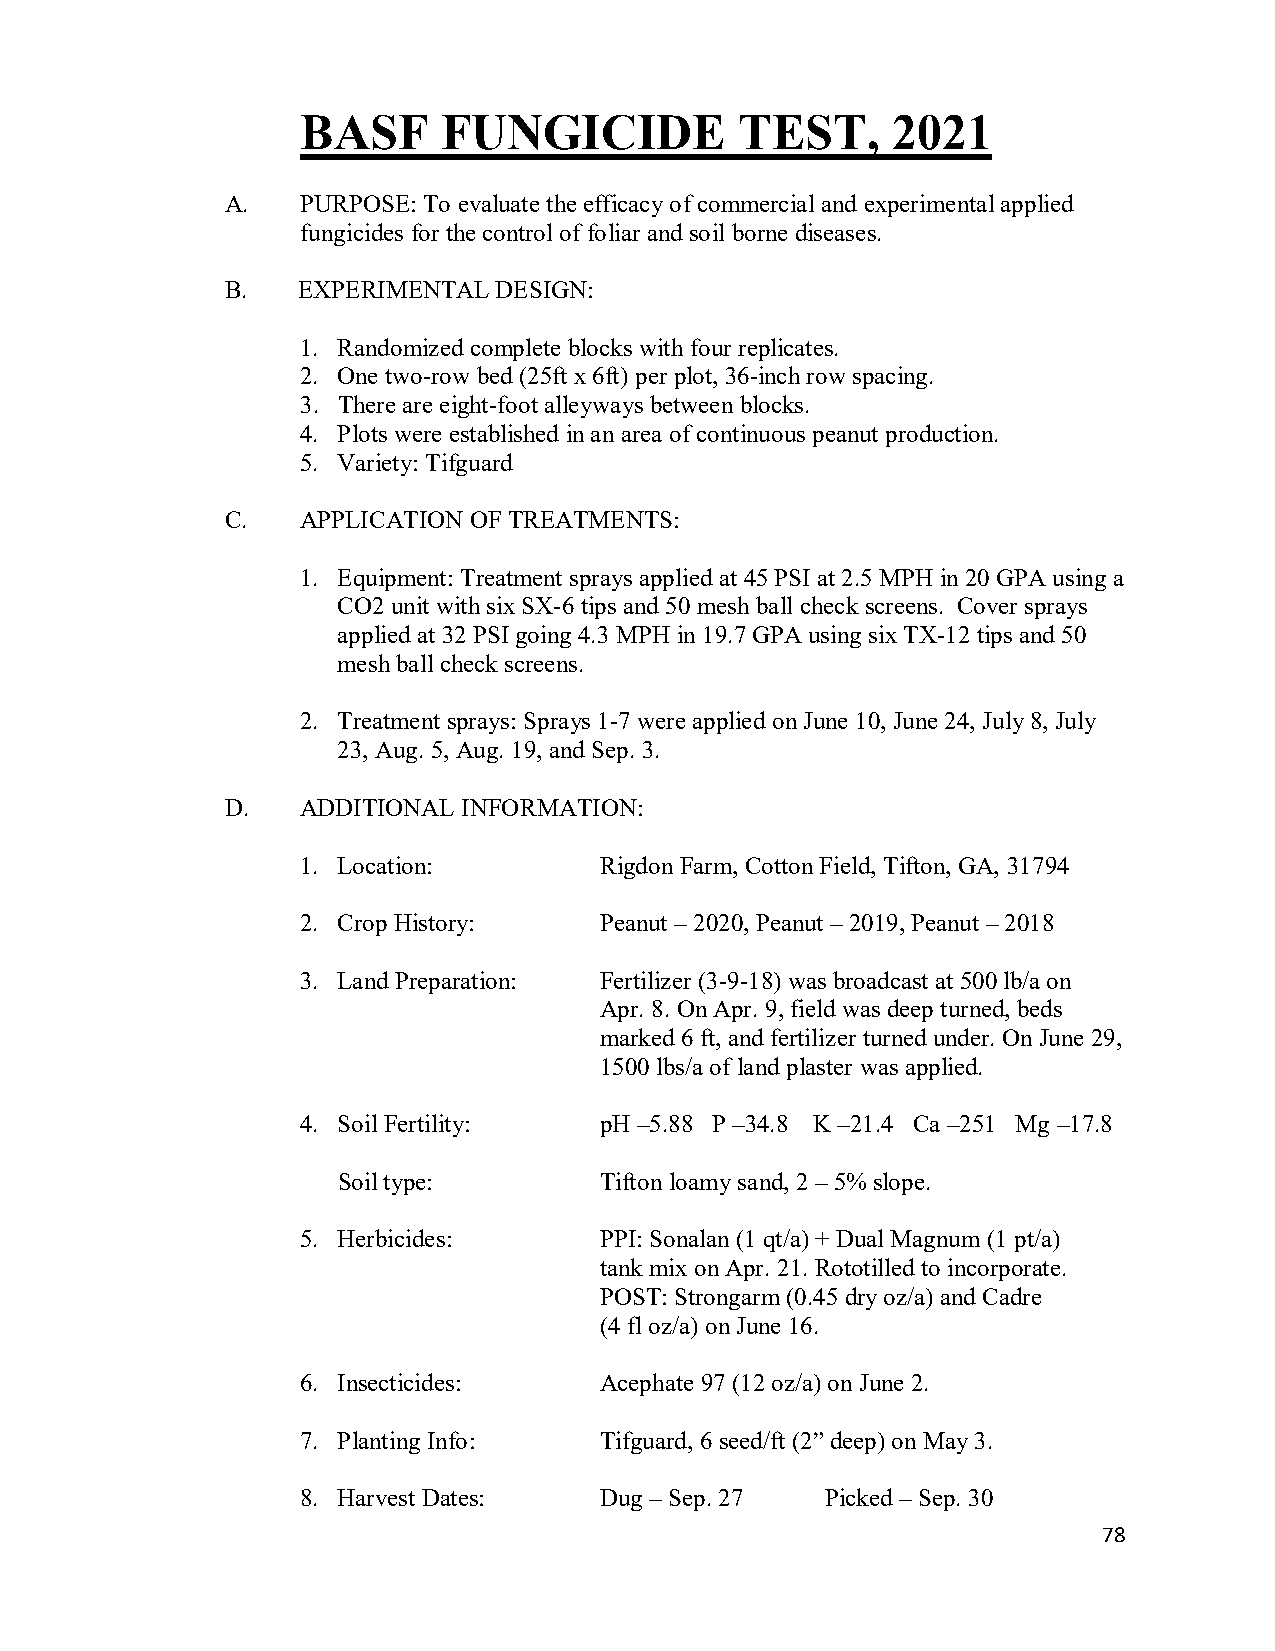
BASF     FUNGICIDE           TEST,     2021
 A.   PURPOSE: To evaluate the efficacy of commercial and experimental applied
 fungicides for the control of foliar and soil borne diseases.
 B.   EXPERIMENTAL DESIGN:
 1. Randomized complete blocks with four replicates.
 2. One two-row bed (25ft x 6ft) per plot, 36-inch row spacing.
 3. There are eight-foot alleyways between blocks.
 4. Plots were established in an area of continuous peanut production.
 5. Variety: Tifguard
 C.   APPLICATION OF TREATMENTS:
 1. Equipment: Treatment sprays applied at 45 PSI at 2.5 MPH in 20 GPA using a
 CO2 unit with six SX-6 tips and 50 mesh ball check screens. Cover sprays
 applied at 32 PSI going 4.3 MPH in 19.7 GPA using six TX-12 tips and 50
 mesh ball check screens.
 2. Treatment sprays: Sprays 1-7 were applied on June 10, June 24, July 8, July
 23, Aug. 5, Aug. 19, and Sep. 3.
 D.   ADDITIONAL INFORMATION:
 1. Location:        Rigdon Farm, Cotton Field, Tifton, GA, 31794
 2. Crop History:    Peanut – 2020, Peanut – 2019, Peanut – 2018
 3. Land Preparation: Fertilizer (3-9-18) was broadcast at 500 lb/a on
 Apr. 8. On Apr. 9, field was deep turned, beds
 marked 6 ft, and fertilizer turned under. On June 29,
 1500 lbs/a of land plaster was applied.
 4. Soil Fertility:  pH –5.88 P –34.8 K –21.4 Ca –251 Mg –17.8
 Soil type:        Tifton loamy sand, 2 – 5% slope.
 5. Herbicides:      PPI: Sonalan (1 qt/a) + Dual Magnum (1 pt/a)
 tank mix on Apr. 21. Rototilled to incorporate.
 POST: Strongarm (0.45 dry oz/a) and Cadre
 (4 fl oz/a) on June 16.
 6. Insecticides:    Acephate 97 (12 oz/a) on June 2.
 7. Planting Info:   Tifguard, 6 seed/ft (2” deep) on May 3.
 8. Harvest Dates:   Dug – Sep. 27  Picked – Sep. 30
 78